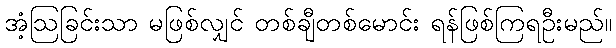
အံ့ဩခြင်းသာ မဖြစ်လျှင် တစ်ချီတစ်မောင်း ရန်ဖြစ်ကြရဦးမည်။